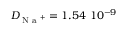
D _ { \textrm { N a } ^ { + } } = 1 . 5 4 ~ 1 0 ^ { - 9 }